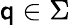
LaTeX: \mathsf{q}\in\Sigma